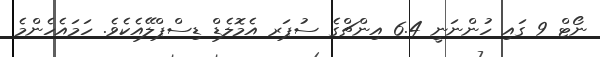
ނޯޓް 9 ގައި ހުންނަނީ 6.4 އިންޗްގެ ސުޕަރ އެމޮލެޑް ޑިސްޕްލޭއެކެވެ. ހަމައެހެންމެ